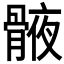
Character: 𮪯